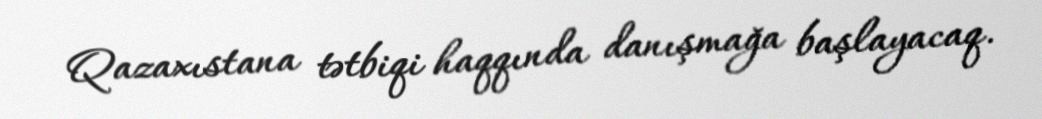
Qazaxıstana tətbiqi haqqında danışmağa başlayacaq.